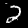
Digit: 2